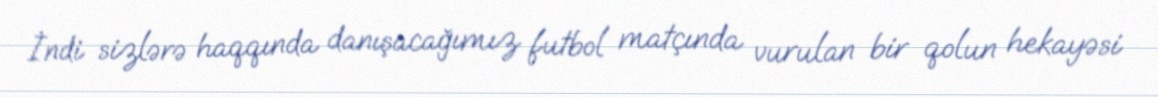
İndi sizlərə haqqında danışacağımız futbol matçında vurulan bir qolun hekayəsi